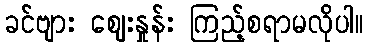
ခင်ဗျား ဈေးနှုန်း ကြည့်စရာမလိုပါ။